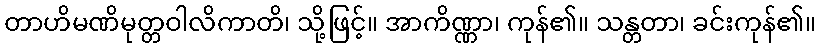
တာဟိမဏိမုတ္တဝါလိကာတိ၊ သို့ဖြင့်။ အာကိဏ္ဏာ၊ ကုန်၏။ သန္တတာ၊ ခင်းကုန်၏။